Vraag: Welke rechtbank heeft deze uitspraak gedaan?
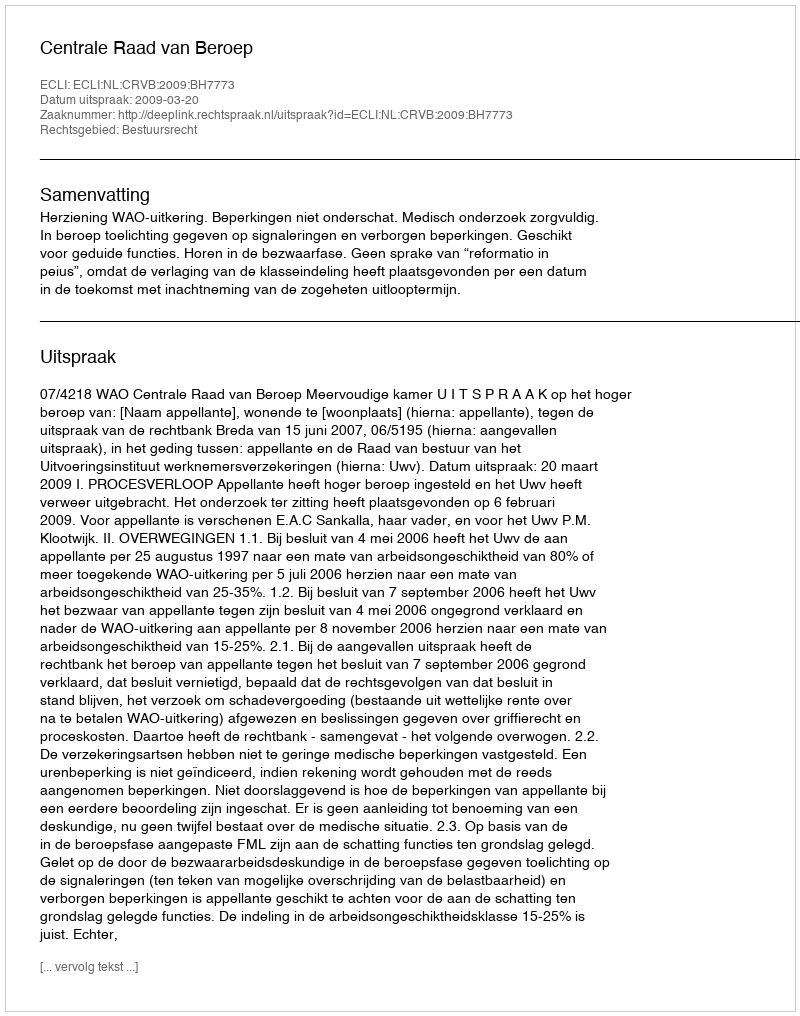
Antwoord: Centrale Raad van Beroep